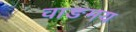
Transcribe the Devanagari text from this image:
वाङमय